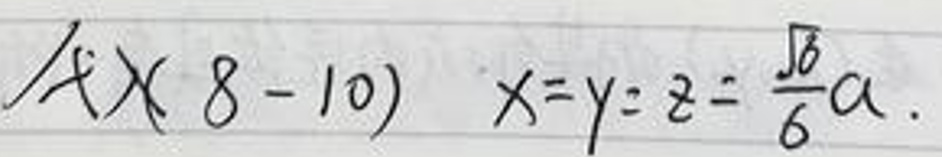
$A)(8 - 10)\ x = y = z=\frac{\sqrt{6}}{6}a$